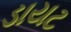
ડાયટ